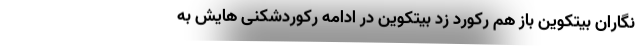
نگاران بیتکوین باز هم رکورد زد بیتکوین در ادامه رکوردشکنی هایش به